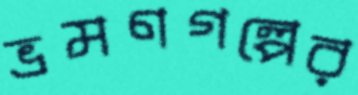
ভ্রমণগল্পের